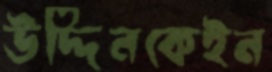
উদ্দিনকেইন